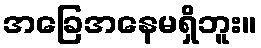
အခြေအနေမရှိဘူး။